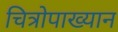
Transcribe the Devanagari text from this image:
चित्रोपाख्यान